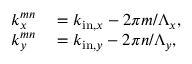
\begin{array} { r l } { k _ { x } ^ { m n } } & { { } = k _ { \mathrm { i n } , x } - 2 \pi m / \Lambda _ { x } , } \\ { k _ { y } ^ { m n } } & { { } = k _ { \mathrm { i n } , y } - 2 \pi n / \Lambda _ { y } , } \end{array}